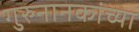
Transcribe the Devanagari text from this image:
गुरुनानकांच्या